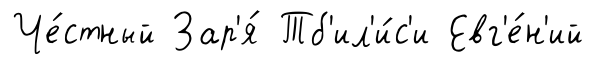
Че́стный Зар'я́ Тб'ил'и́с'и Евг'е́н'ий